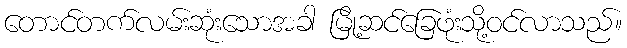
တောင်တက်လမ်းဆုံးသောအခါ မြို့ဆင်ခြေဖုံးသို့ဝင်လာသည်။